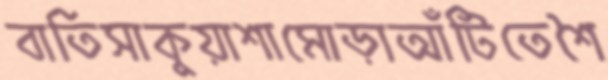
বাতিসাকুয়াশামোড়াআঁটিতেশৈ